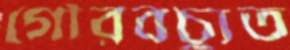
গৌরবচ্যুত